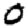
Digit: 0